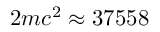
2 m c ^ { 2 } \approx 3 7 5 5 8